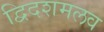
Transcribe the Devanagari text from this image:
द्विदशमलव